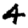
Digit: 4